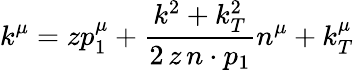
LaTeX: k^{\mu}=zp_{1}^{\mu}+\frac{k^{2}+k_{T}^{2}}{2\, z\, n\cdot p_{1}}n^{\mu}+k_{T}^{\mu}